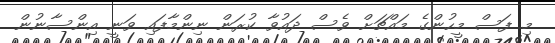
މި ފަސް މީހުންގެ މައްޗަށް ވެސް ދައުވާ ކުރަން ނިންމާފައި ވަނީ އިންސާނުން